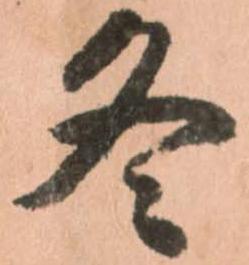
冬